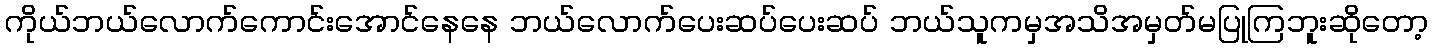
ကိုယ်ဘယ်လောက်ကောင်းအောင်နေနေ ဘယ်လောက်ပေးဆပ်ပေးဆပ် ဘယ်သူကမှအသိအမှတ်မပြုကြဘူးဆိုတော့